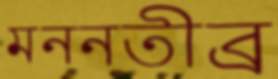
মননতীব্র